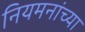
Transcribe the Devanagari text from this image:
नियमनांच्या